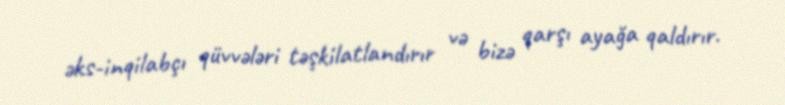
əks-inqilabçı qüvvələri təşkilatlandırır və bizə qarşı ayağa qaldırır.